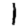
Digit: 1